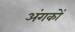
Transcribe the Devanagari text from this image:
अंगकों